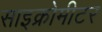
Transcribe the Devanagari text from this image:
साइक्रोमीटर